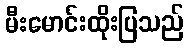
မီးမောင်းထိုးပြသည်